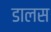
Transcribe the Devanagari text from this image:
डालस